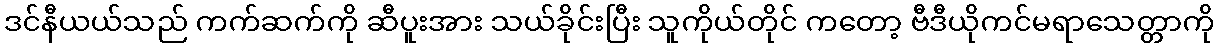
ဒင်နီယယ်သည် ကက်ဆက်ကို ဆီပူးအား သယ်ခိုင်းပြီး သူကိုယ်တိုင် ကတော့ ဗီဒီယိုကင်မရာသေတ္တာကို